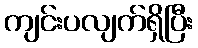
ကျင်းပလျက်ရှိပြီး